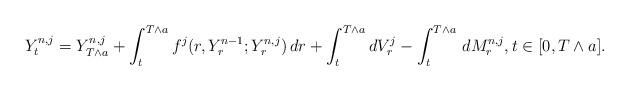
LaTeX: \begin{align*} Y_t^{n,j}=Y^{n,j}_{T\wedge a}+\int_t^{T\wedge a}f^j(r,Y^{n-1}_r;Y^{n,j}_r)\,dr+\int_t^{T\wedge a} dV_r^j-\int_t^{T\wedge a}\, dM^{n,j}_r,t\in [0,T\wedge a].\end{align*}